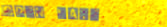
Open Late